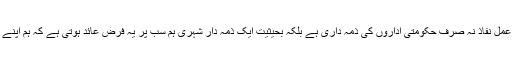
حکومت کی طرف سے قوانین موجود ہیں لیکن ان تمام قوانین کا قابل عمل نفاذ نہ صرف حکومتی اداروں کی ذمہ داری ہے بلکہ بحیثیت ایک ذمہ دار شہری ہم سب پر یہ فرض عائد ہوتی ہے کہ ہم اپنے ارد گرد موجود خصوصی افراد کو محرومی کا احساس نہ ہونے دیں۔